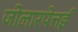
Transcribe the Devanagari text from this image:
जोलारपेत्तई